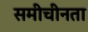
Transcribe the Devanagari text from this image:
समीचीनता